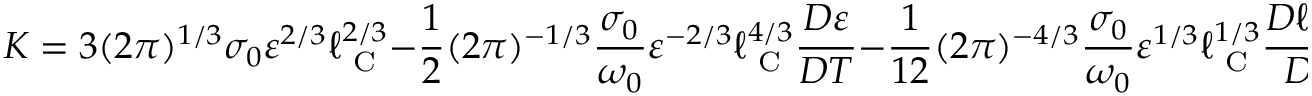
K = 3 ( 2 \pi ) ^ { 1 / 3 } \sigma _ { 0 } \varepsilon ^ { 2 / 3 } \ell _ { \textrm { C } } ^ { 2 / 3 } - \frac { 1 } { 2 } ( 2 \pi ) ^ { - 1 / 3 } \frac { \sigma _ { 0 } } { \omega _ { 0 } } \varepsilon ^ { - 2 / 3 } \ell _ { \textrm { C } } ^ { 4 / 3 } \frac { D \varepsilon } { D T } - \frac { 1 } { 1 2 } ( 2 \pi ) ^ { - 4 / 3 } \frac { \sigma _ { 0 } } { \omega _ { 0 } } \varepsilon ^ { 1 / 3 } \ell _ { \textrm { C } } ^ { 1 / 3 } \frac { D \ell _ { \textrm { C } } } { D T } ,